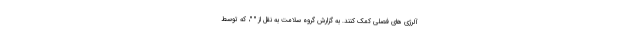
آلرژی های فصلی کمک کنند. به گزارش گروه سلامت به نقل از " "، که توسط